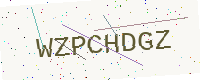
Text: WZPCHDGZ